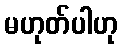
မဟုတ်ပါဟု